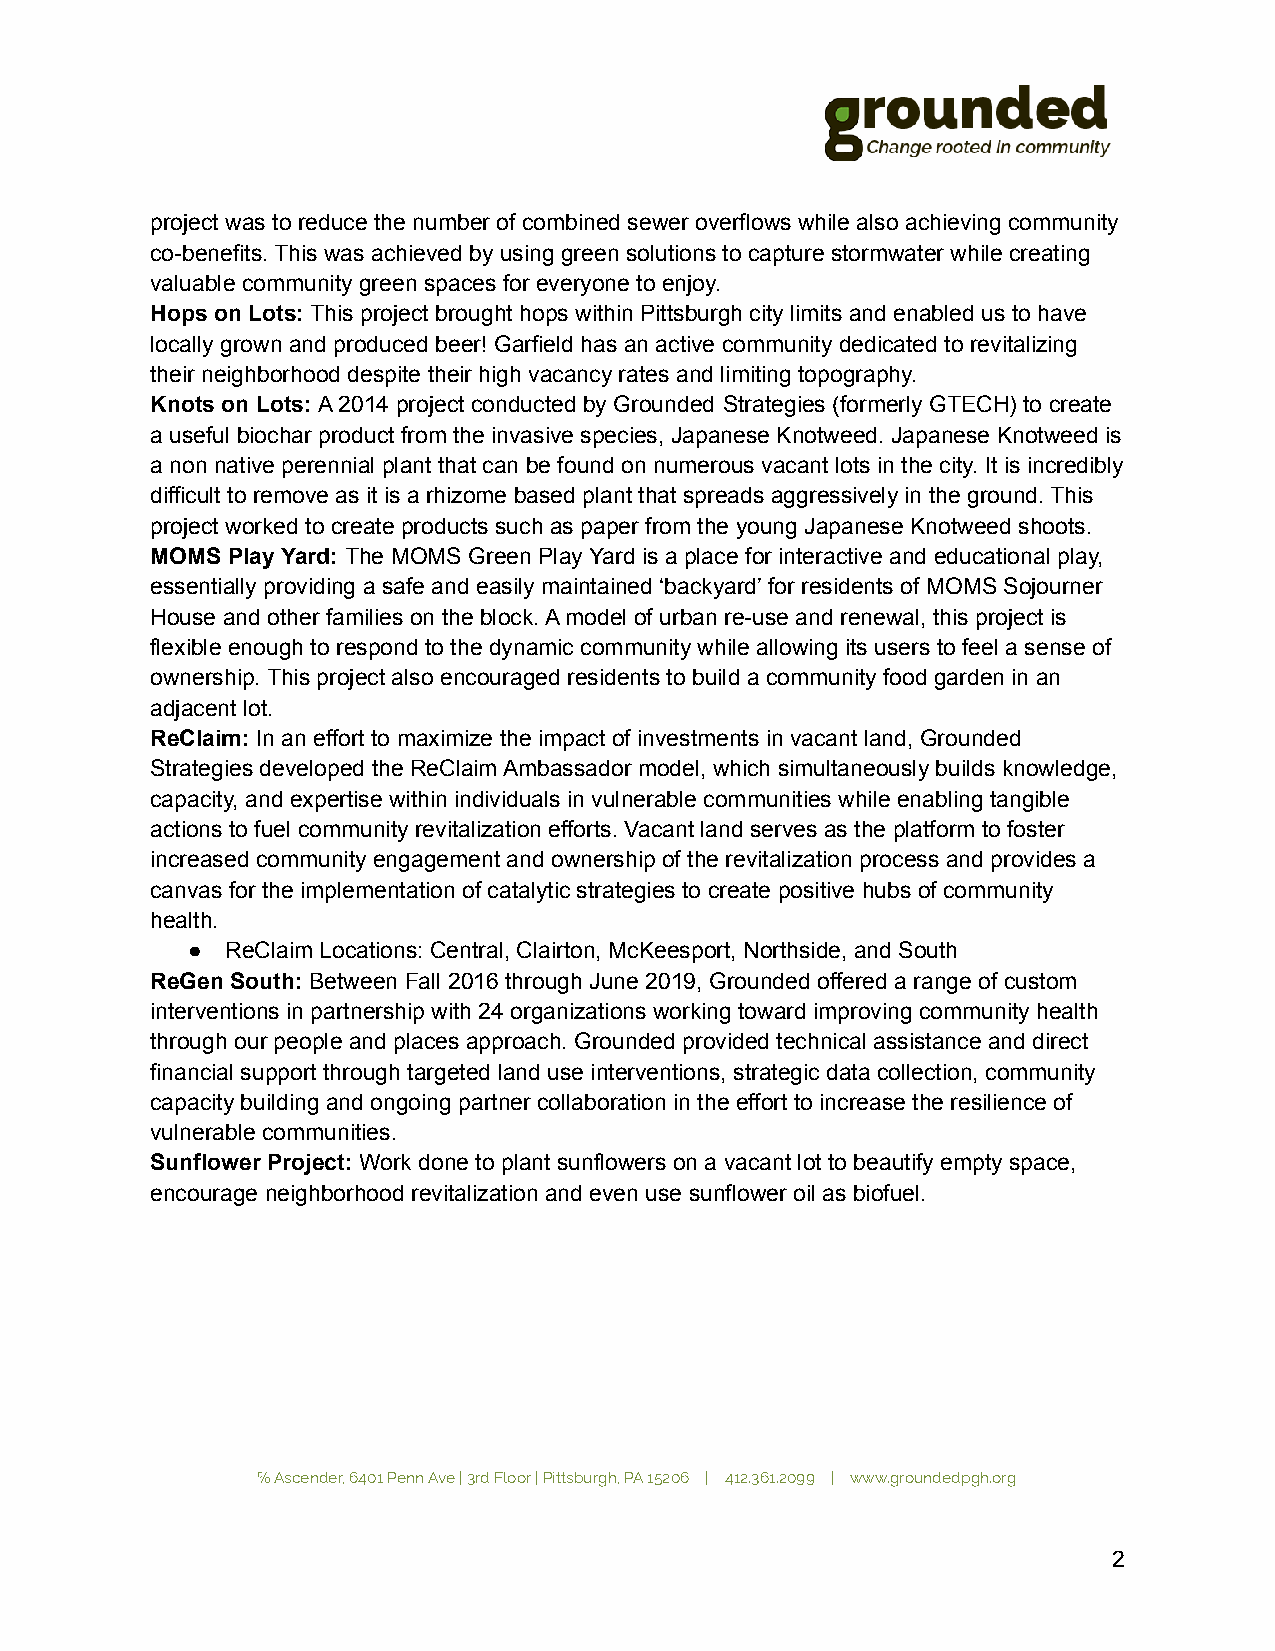
project was to reduce the number of combined sewer overflows while also achieving community
 co-benefits. This was achieved by using green solutions to capture stormwater while creating
 valuable community green spaces for everyone to enjoy.
 Hops on Lots: This project brought hops within Pittsburgh city limits and enabled us to have
 locally grown and produced beer! Garfield has an active community dedicated to revitalizing
 their neighborhood despite their high vacancy rates and limiting topography.
 Knots on Lots: A 2014 project conducted by Grounded Strategies (formerly GTECH) to create
 a useful biochar product from the invasive species, Japanese Knotweed. Japanese Knotweed is
 a non native perennial plant that can be found on numerous vacant lots in the city. It is incredibly
 difficult to remove as it is a rhizome based plant that spreads aggressively in the ground. This
 project worked to create products such as paper from the young Japanese Knotweed shoots.
 MOMS Play Yard: The MOMS Green Play Yard is a place for interactive and educational play,
 essentially providing a safe and easily maintained ‘backyard’ for residents of MOMS Sojourner
 House and other families on the block. A model of urban re-use and renewal, this project is
 flexible enough to respond to the dynamic community while allowing its users to feel a sense of
 ownership. This project also encouraged residents to build a community food garden in an
 adjacent lot.
 ReClaim: In an effort to maximize the impact of investments in vacant land, Grounded
 Strategies developed the ReClaim Ambassador model, which simultaneously builds knowledge,
 capacity, and expertise within individuals in vulnerable communities while enabling tangible
 actions to fuel community revitalization efforts. Vacant land serves as the platform to foster
 increased community engagement and ownership of the revitalization process and provides a
 canvas for the implementation of catalytic strategies to create positive hubs of community
 health.
 ●  ReClaim Locations: Central, Clairton, McKeesport, Northside, and South
 ReGen South: Between Fall 2016 through June 2019, Grounded offered a range of custom
 interventions in partnership with 24 organizations working toward improving community health
 through our people and places approach. Grounded provided technical assistance and direct
 financial support through targeted land use interventions, strategic data collection, community
 capacity building and ongoing partner collaboration in the effort to increase the resilience of
 vulnerable communities.
 Sunflower Project: Work done to plant sunflowers on a vacant lot to beautify empty space,
 encourage neighborhood revitalization and even use sunflower oil as biofuel.
 ℅ Ascender, 6401 Penn Ave | 3rd Floor | Pittsburgh, PA 15206 | 412.361.2099 | www.groundedpgh.org
 2